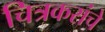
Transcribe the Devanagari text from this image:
चित्रकरांचे